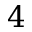
4